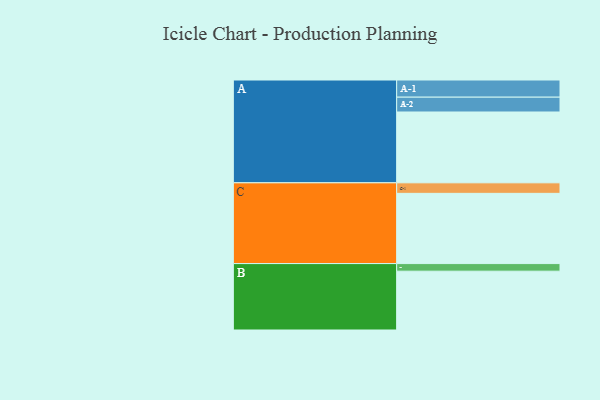
{"axis": {"x": "Segment", "y": "Value"}, "legend": ["", "A", "B", "C"], "data": [{"x": "A", "y": 578, "type": ""}, {"x": "B", "y": 480, "type": ""}, {"x": "C", "y": 573, "type": ""}, {"x": "A-1", "y": 140, "type": "A"}, {"x": "A-2", "y": 121, "type": "A"}, {"x": "B-1", "y": 62, "type": "B"}, {"x": "C-1", "y": 86, "type": "C"}]}